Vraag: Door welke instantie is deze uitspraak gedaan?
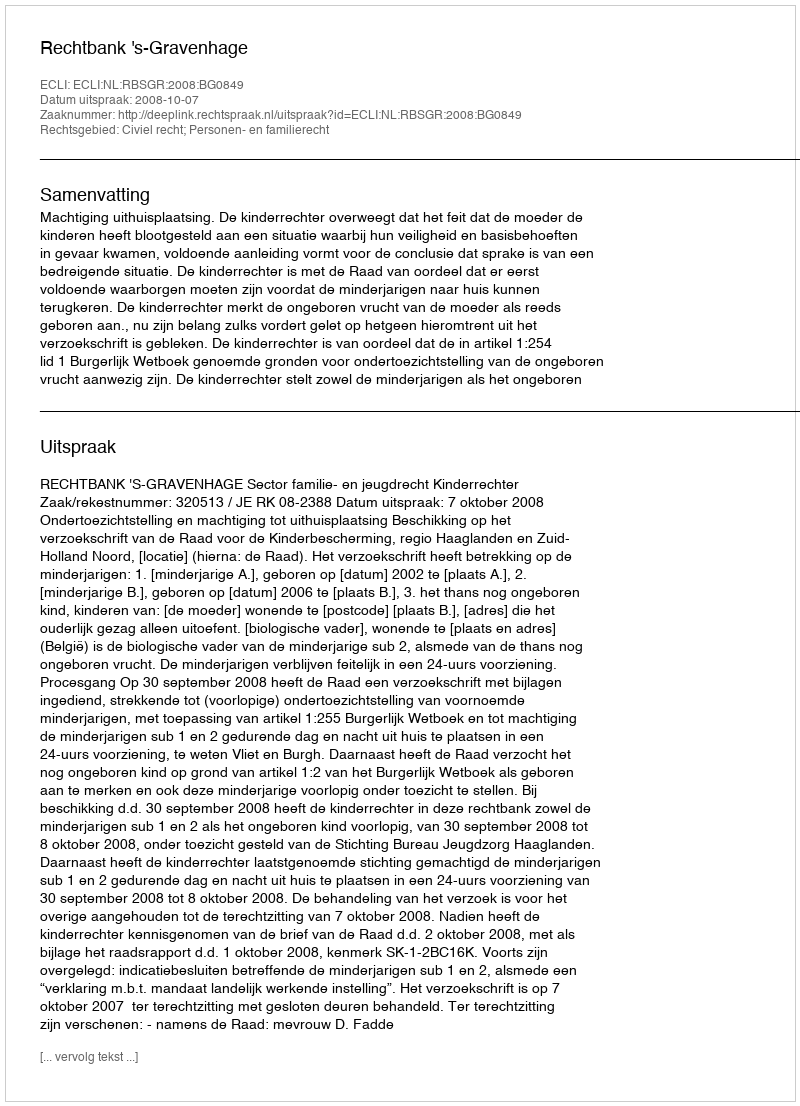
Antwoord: Rechtbank 's-Gravenhage